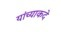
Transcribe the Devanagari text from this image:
यांच्याकदे